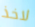
لاخذ